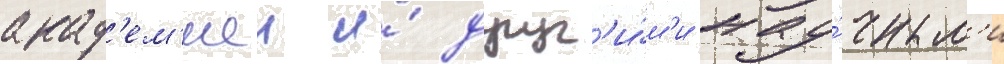
акад'ем'иеи и́ друг'и́м'и нау́чным'и